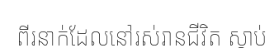
ពីរនាក់ដែលនៅរស់រានជីវិត ស្តាប់